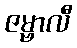
ဇမ္ဗာလီ